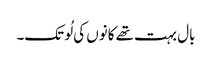
بال بہت تھے کانوں کی لُو تک۔